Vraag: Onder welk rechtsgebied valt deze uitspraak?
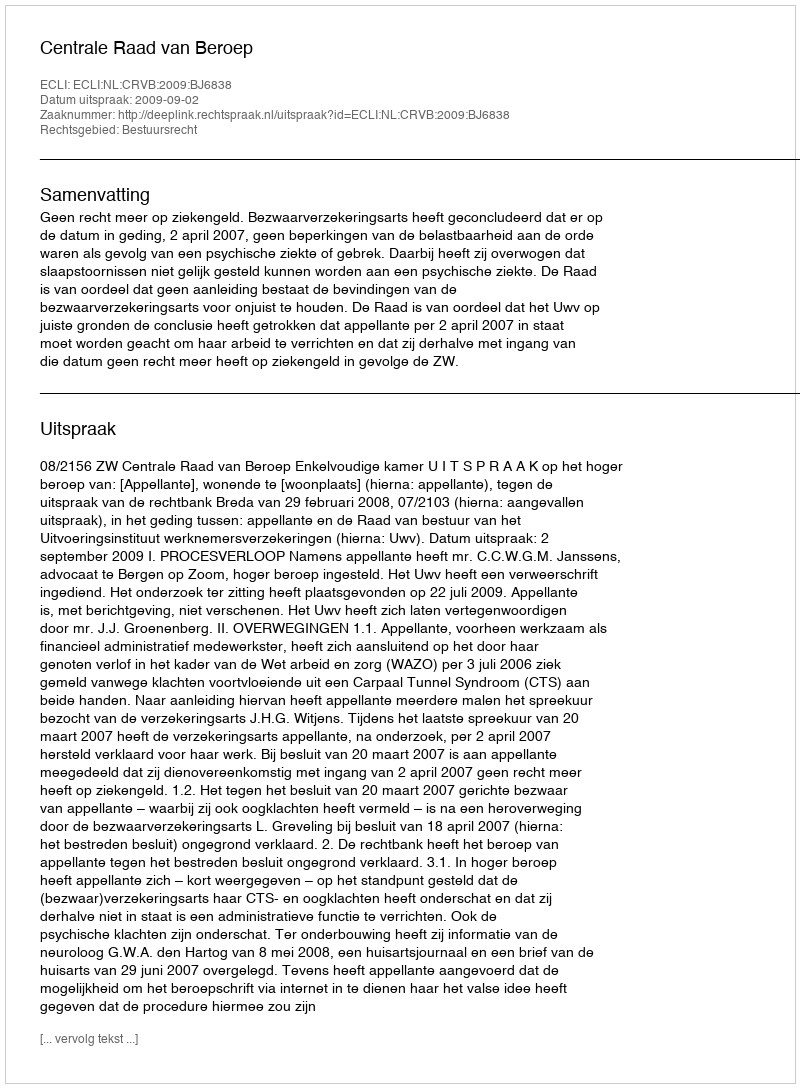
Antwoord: Bestuursrecht